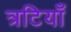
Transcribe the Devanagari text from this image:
त्रटियाँ